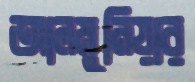
আলমুনিয়ার